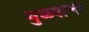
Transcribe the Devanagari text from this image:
मुळ्यांची